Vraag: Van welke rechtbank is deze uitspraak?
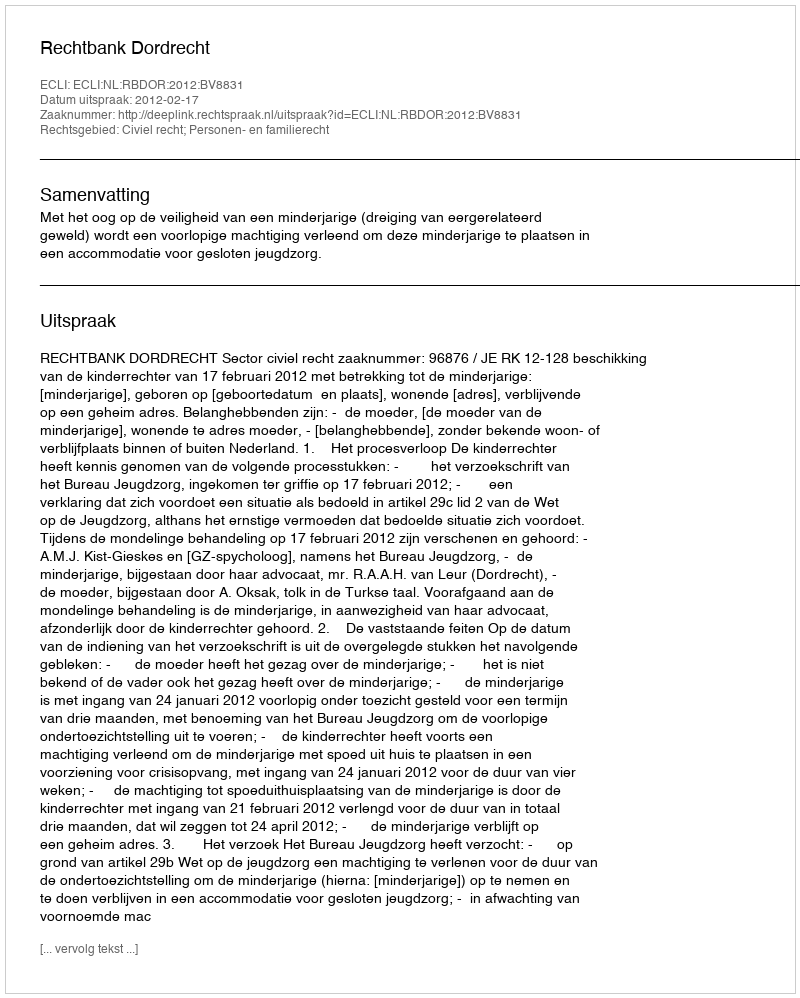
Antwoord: Rechtbank Dordrecht